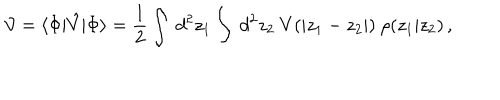
LaTeX: { \cal V } = \langle \Phi | \hat { V } | \Phi \rangle = \frac { 1 } { 2 } \int { \ d ^ { 2 } z _ { 1 } } \int { \ d ^ { 2 } z _ { 2 } } ~ V ( | z _ { 1 } - z _ { 2 } | ) ~ \rho ( z _ { 1 } | z _ { 2 } ) \, ,